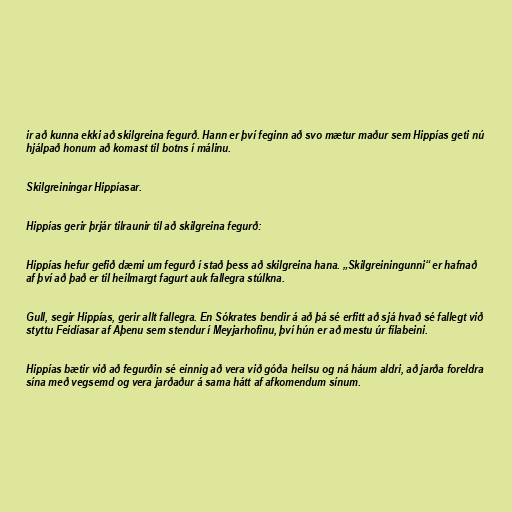
ir að kunna ekki að skilgreina fegurð. Hann er því feginn að svo mætur maður sem Hippías geti nú
hjálpað honum að komast til botns í málinu.

Skilgreiningar Hippíasar.

Hippías gerir þrjár tilraunir til að skilgreina fegurð:

Hippías hefur gefið dæmi um fegurð í stað þess að skilgreina hana. „Skilgreiningunni“ er hafnað
af því að það er til heilmargt fagurt auk fallegra stúlkna.

Gull, segir Hippías, gerir allt fallegra. En Sókrates bendir á að þá sé erfitt að sjá hvað sé fallegt við
styttu Feidíasar af Aþenu sem stendur í Meyjarhofinu, því hún er að mestu úr fílabeini.

Hippías bætir við að fegurðin sé einnig að vera við góða heilsu og ná háum aldri, að jarða foreldra
sína með vegsemd og vera jarðaður á sama hátt af afkomendum sínum.